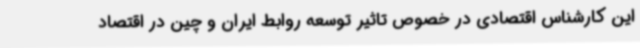
این کارشناس اقتصادی در خصوص تاثیر توسعه روابط ایران و چین در اقتصاد